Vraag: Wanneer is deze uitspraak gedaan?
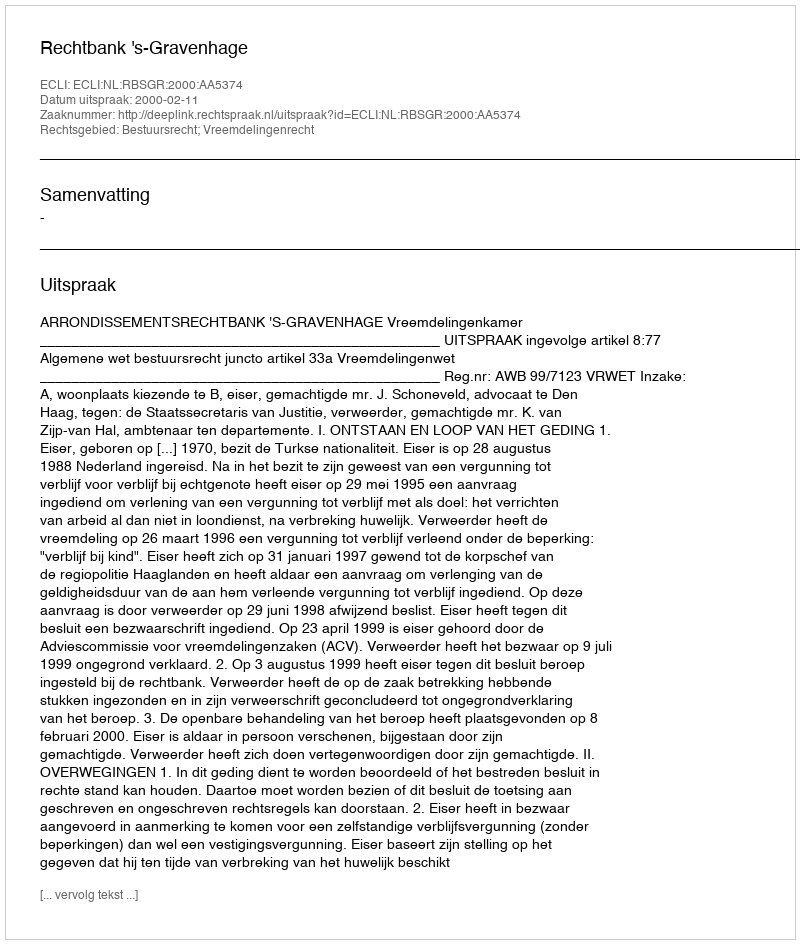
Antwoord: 2000-02-11